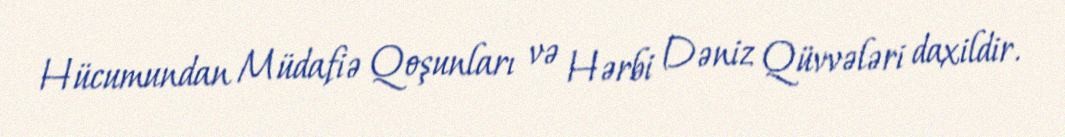
Hücumundan Müdafiə Qoşunları və Hərbi Dəniz Qüvvələri daxildir.